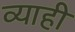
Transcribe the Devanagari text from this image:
व्‍याही